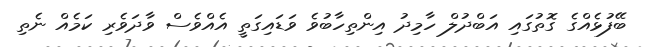
ބޭފުޅެއްގެ ގޮތުގައި އަބްދުލް ހާމިދު އިންތިހާބުވެ ވަޑައިގަތީ އެއްވެސް ވާދަވެރި ކަމެއް ނެތި